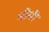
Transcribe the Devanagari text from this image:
भीमी